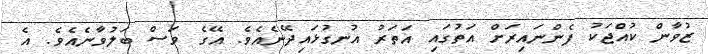
ޒުވާން ކުއްޖަކު ފެންނައިރަށް އަތުގައި އަތަރު އުނގުޅައިދޭނެއެވެ. އޭގެ ވަސް ބަލުވާނެއެވެ. އެ